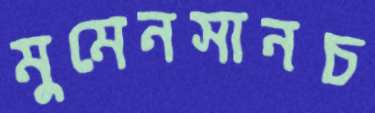
মুমেনসানচ